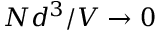
N d ^ { 3 } / V \to 0